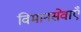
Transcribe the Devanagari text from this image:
विमानसेवाएँ